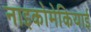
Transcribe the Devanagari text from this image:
नाइकोमेकियाई